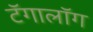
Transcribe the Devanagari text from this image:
टॅगालॉग